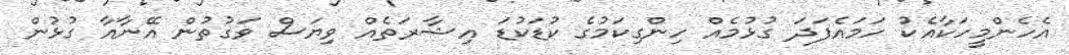
އެހެންމީހަކާއެކު ހަމައެފަދަ ގުޅުމެއް ހިންގިކަމުގެ ކުޑަކުޑަ އިޝާރަތެއް ވިޔަސް ވަގުތުން އޭނާއާ ގުޅުން